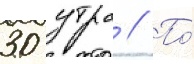
30 утра // По́